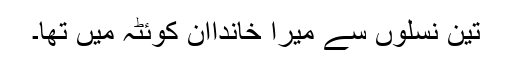
تین نسلوں سے میرا خانداان کوئٹہ میں تھا۔